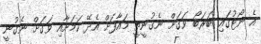
އެ ނޯޓުގައި ބަރަބޯ ވަގަށް ނެގުނީތީ މައާފަށް އެދޭ ކަމަށާއި ވަގަށް ނެގުނީ